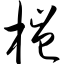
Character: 桤